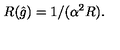
R ( \hat { g } ) = 1 / ( \alpha ^ { 2 } R ) .